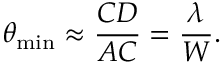
\theta _ { \mathrm { m i n } } \approx { \frac { C D } { A C } } = { \frac { \lambda } { W } } .